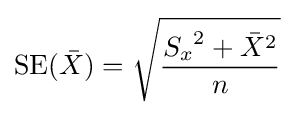
\operatorname {SE} ({\bar {X}})={\sqrt {\frac {{S_{x}}^{2}+{\bar {X}}^{2}}{n}}}